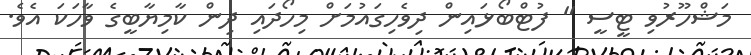
މަޝްހޫރުވި ޓީސީ " ފުޓްބޯޅައިން ދިވެހިގައުމަށް މިހޯދައި ދިން ކާމިޔާބީގެ ވާހަކަ އެވެ.